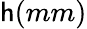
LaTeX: \mathsf{h}(mm)